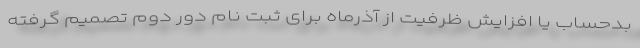
بدحساب یا افزایش ظرفیت از آذرماه برای ثبت نام دور دوم تصمیم گرفته